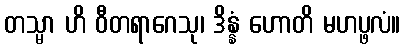
တသ္မာ ဟိ ဝီတရာဂေသု၊ ဒိန္နံ ဟောတိ မဟပ္ဖလံ။